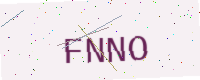
Text: FNNO